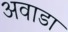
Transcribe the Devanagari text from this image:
अवाडा